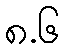
၈.၆